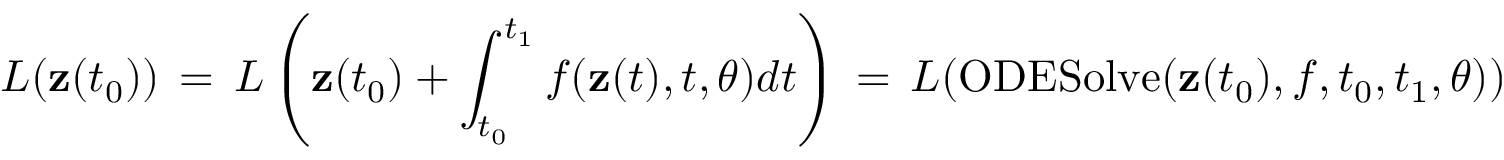
L ( \mathbf { z } ( t _ { 0 } ) ) \, = \, L \left( \mathbf { z } ( t _ { 0 } ) + \int _ { t _ { 0 } } ^ { t _ { 1 } } f ( \mathbf { z } ( t ) , t , \theta ) d t \right) \, = \, L ( \mathrm { O D E S o l v e } ( \mathbf { z } ( t _ { 0 } ) , f , t _ { 0 } , t _ { 1 } , \theta ) )